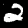
Digit: 2